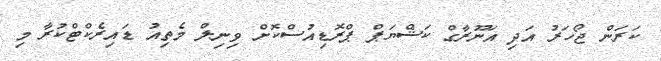
ކަރަން ޖޯހަރު އަދި އަނޫރާގް ކަޝްޔަޕް ޕްރޮޑިއުސްކޮށް ވިނިލް މެތިއު ޑައިރެކްޓްކުރާ މި